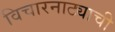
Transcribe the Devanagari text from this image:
विचारनाट्याची